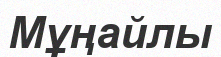
Мұңайлы